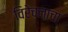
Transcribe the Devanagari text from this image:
विरेचनाचा